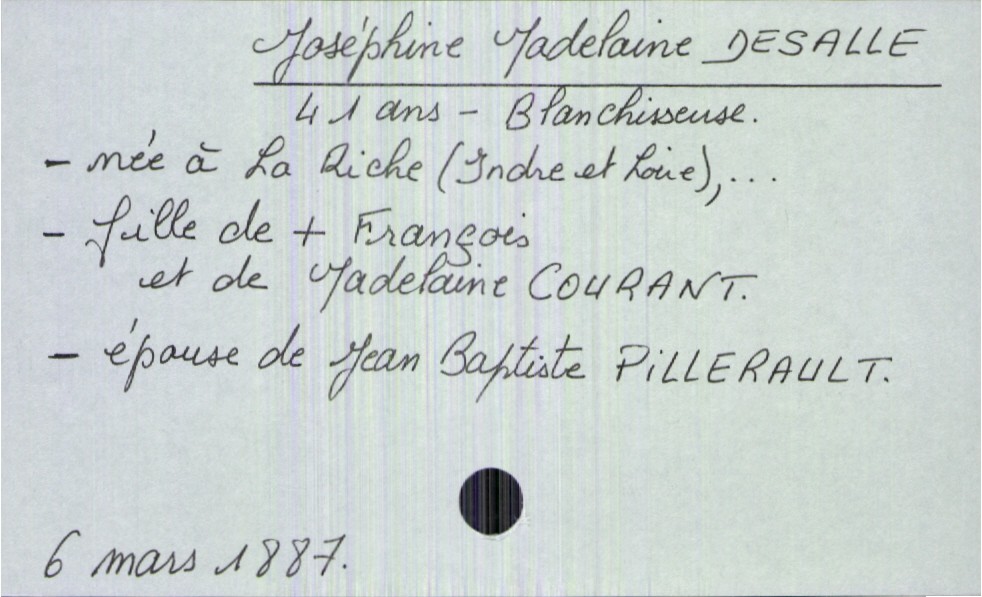
type_acte: Décès
année: 1887
mois: mars
jour: 6
défunt_nom: Desalle
défunt_prénom: Joséphine Madelaine
défunt_sexe: F
défunt_âge: 41 ans
défunt_profession: blanchisseuse
défunt_lieu_de_naissance: La Riche (Indre et Loire)
défunt_statut: marié(e)
père_défunt_nom: Desalle
père_défunt_prénom: François
père_défunt_statut: décédé
mère_défunt_nom: Courant
mère_défunt_prénom: Madelaine